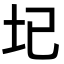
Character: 𡉏